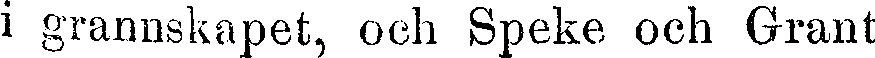
i grannskapet, och Speke och Grant